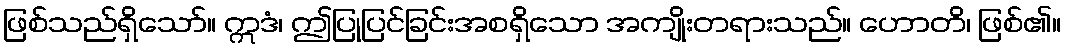
ဖြစ်သည်ရှိသော်။ ဣဒံ၊ ဤပြုပြင်ခြင်းအစရှိသော အကျိုးတရားသည်။ ဟောတိ၊ ဖြစ်၏။